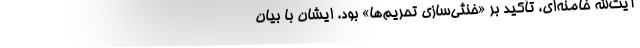
آیت‌الله خامنه‌ای، تأکید بر «خنثی‌سازی تحریم‌ها» بود. ایشان با بیان